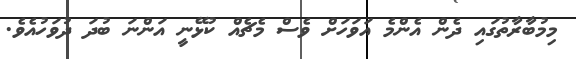
މިމުބާރާތުގައި ދެން އެންމެ އަވަހަށް ވެސް މެޗެއް ކުޅޭނީ އަންނަ ބުދަ ދުވަހުއެވެ.